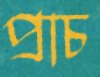
প্রাচ